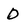
Character: D